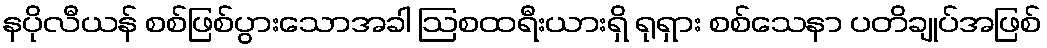
နပိုလီယန် စစ်ဖြစ်ပွားသောအခါ ဩစထရီးယားရှိ ရုရှား စစ်သေနာ ပတိချုပ်အဖြစ်